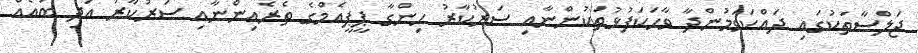
ޖަލްސާތަކުގައި ދައްކަވަމުންދާ ވާހަކަފުޅުތަކުންނާއި ސަރުކާރު ހިންގާ ޕީޕީއެމްގެ ތެރެއިންނާއި ސަރުކާރު އަދި ބައެއް